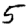
Digit: 5